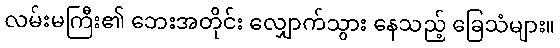
လမ်းမကြီး၏ ဘေးအတိုင်း လျှောက်သွား နေသည့် ခြေသံများ။